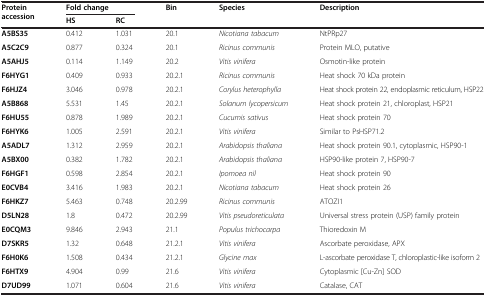
<table><thead><tr><td rowspan="2"><b>Protein accession</b></td><td colspan="2"><b>Fold change</b></td><td rowspan="2"><b>Bin</b></td><td rowspan="2"><b>Species</b></td><td rowspan="2"><b>Description</b></td></tr><tr><td><b>HS</b></td><td><b>RC</b></td></tr></thead><tbody><tr><td><b>A5BS35</b></td><td>0.412</td><td>1.031</td><td>20.1</td><td><i>Nicotiana tabacum</i></td><td>NtPRp27</td></tr><tr><td><b>A5C2C9</b></td><td>0.877</td><td>0.324</td><td>20.1</td><td><i>Ricinus communis</i></td><td>Protein MLO, putative</td></tr><tr><td><b>A5AHJ5</b></td><td>0.114</td><td>1.149</td><td>20.2</td><td><i>Vitis vinifera</i></td><td>Osmotin-like protein</td></tr><tr><td><b>F6HYG1</b></td><td>0.409</td><td>0.933</td><td>20.2.1</td><td><i>Ricinus communis</i></td><td>Heat shock 70 kDa protein</td></tr><tr><td><b>F6HJZ4</b></td><td>3.046</td><td>0.978</td><td>20.2.1</td><td><i>Corylus heterophylla</i></td><td>Heat shock protein 22, endoplasmic reticulum, HSP22</td></tr><tr><td><b>A5B868</b></td><td>5.531</td><td>1.45</td><td>20.2.1</td><td><i>Solanum lycopersicum</i></td><td>Heat shock protein 21, chloroplast, HSP21</td></tr><tr><td><b>F6HU55</b></td><td>0.878</td><td>1.989</td><td>20.2.1</td><td><i>Cucumis sativus</i></td><td>Heat shock protein 70</td></tr><tr><td><b>F6HYK6</b></td><td>1.005</td><td>2.591</td><td>20.2.1</td><td><i>Vitis vinifera</i></td><td>Similar to PsHSP71.2</td></tr><tr><td><b>A5ADL7</b></td><td>1.312</td><td>2.959</td><td>20.2.1</td><td><i>Arabidopsis thaliana</i></td><td>Heat shock protein 90.1, cytoplasmic, HSP90-1</td></tr><tr><td><b>A5BX00</b></td><td>0.382</td><td>1.782</td><td>20.2.1</td><td><i>Arabidopsis thaliana</i></td><td>HSP90-like protein 7, HSP90-7</td></tr><tr><td><b>F6HGF1</b></td><td>0.598</td><td>2.854</td><td>20.2.1</td><td><i>Ipomoea nil</i></td><td>Heat shock protein 90</td></tr><tr><td><b>E0CVB4</b></td><td>3.416</td><td>1.983</td><td>20.2.1</td><td><i>Nicotiana tabacum</i></td><td>Heat shock protein 26</td></tr><tr><td><b>F6HKZ7</b></td><td>5.463</td><td>0.748</td><td>20.2.99</td><td><i>Ricinus communis</i></td><td>ATOZI1</td></tr><tr><td><b>D5LN28</b></td><td>1.8</td><td>0.472</td><td>20.2.99</td><td><i>Vitis pseudoreticulata</i></td><td>Universal stress protein (USP) family protein</td></tr><tr><td><b>E0CQM3</b></td><td>9.846</td><td>2.943</td><td>21.1</td><td><i>Populus trichocarpa</i></td><td>Thioredoxin M</td></tr><tr><td><b>D7SKR5</b></td><td>1.32</td><td>0.648</td><td>21.2.1</td><td><i>Vitis vinifera</i></td><td>Ascorbate peroxidase, APX</td></tr><tr><td><b>F6H0K6</b></td><td>1.508</td><td>0.434</td><td>21.2.1</td><td><i>Glycine max</i></td><td>L-ascorbate peroxidase T, chloroplastic-like isoform 2</td></tr><tr><td><b>F6HTX9</b></td><td>4.904</td><td>0.99</td><td>21.6</td><td><i>Vitis vinifera</i></td><td>Cytoplasmic [Cu-Zn] SOD</td></tr><tr><td><b>D7UD99</b></td><td>1.071</td><td>0.604</td><td>21.6</td><td><i>Vitis vinifera</i></td><td>Catalase, CAT</td></tr></tbody></table>